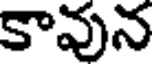
కావున